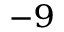
^ { - 9 }